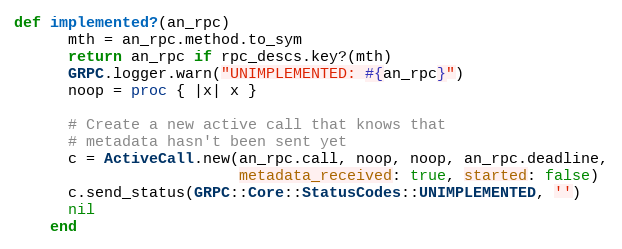
Language: Ruby
def implemented?(an_rpc)
      mth = an_rpc.method.to_sym
      return an_rpc if rpc_descs.key?(mth)
      GRPC.logger.warn("UNIMPLEMENTED: #{an_rpc}")
      noop = proc { |x| x }

      # Create a new active call that knows that
      # metadata hasn't been sent yet
      c = ActiveCall.new(an_rpc.call, noop, noop, an_rpc.deadline,
                         metadata_received: true, started: false)
      c.send_status(GRPC::Core::StatusCodes::UNIMPLEMENTED, '')
      nil
    end